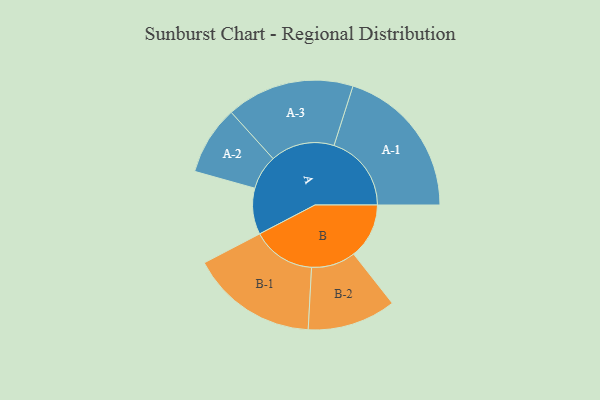
{"axis": {"x": "Segment", "y": "Value"}, "legend": ["", "A", "B"], "data": [{"x": "A", "y": 166, "type": ""}, {"x": "B", "y": 199, "type": ""}, {"x": "A-1", "y": 278, "type": "A"}, {"x": "A-2", "y": 124, "type": "A"}, {"x": "A-3", "y": 230, "type": "A"}, {"x": "B-1", "y": 228, "type": "B"}, {"x": "B-2", "y": 159, "type": "B"}]}